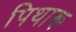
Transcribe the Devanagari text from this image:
पिथारू